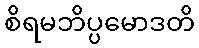
စိရမဘိပ္ပမောဒတိ